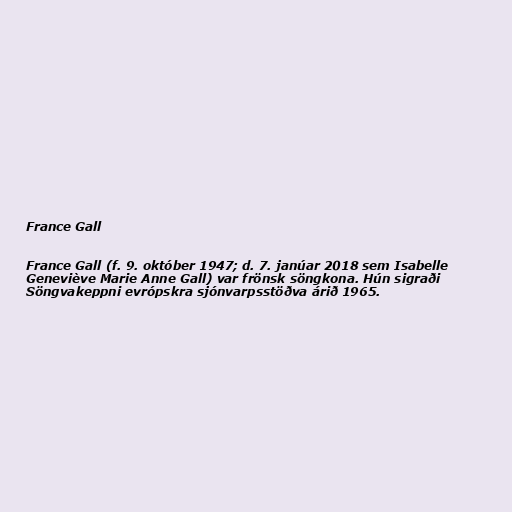
France Gall

France Gall (f. 9. október 1947; d. 7. janúar 2018 sem Isabelle
Geneviève Marie Anne Gall) var frönsk söngkona. Hún sigraði
Söngvakeppni evrópskra sjónvarpsstöðva árið 1965.